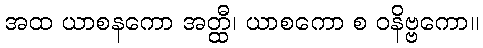
အထ ယာစနကော အတ္ထီ၊ ယာစကော စ ဝနိဗ္ဗကော။